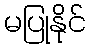
မပြုနိုင်